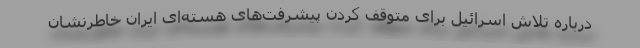
درباره تلاش اسرائیل برای متوقف کردن پیشرفت‌های هسته‌ای ایران خاطرنشان